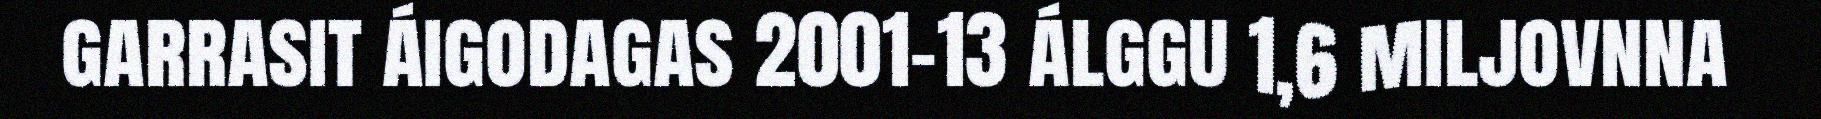
garrasit áigodagas 2001-13 álggu 1,6 miljovnna